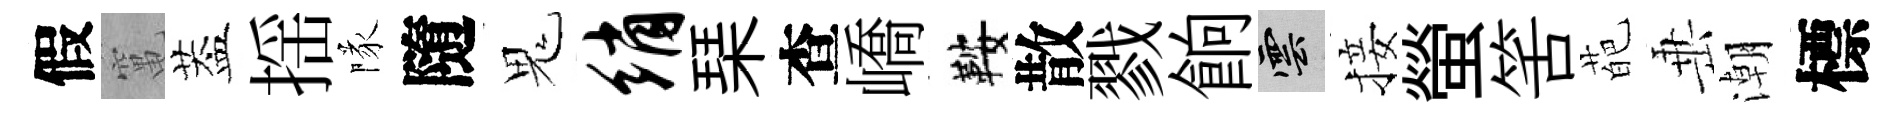
假𥧄葢揺隊隨鬼绡琹查嶠鞍散戮餉雲接螢筈葩𡸁潮標